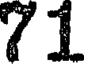
71